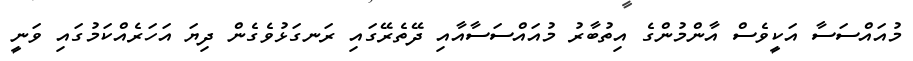
މުއައްސަސާ އަކީވެސް އާންމުންގެ އިތުބާރު މުއައްސަސާއާއި ދޭތެރޭގައި ރަނގަޅުވެގެން ދިޔަ އަހަރެއްކަމުގައި ވަނީ